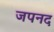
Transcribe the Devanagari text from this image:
जपनद